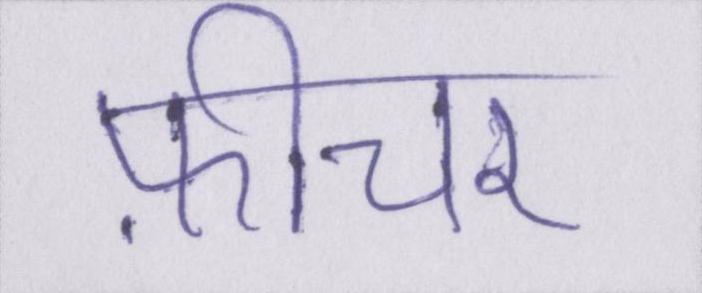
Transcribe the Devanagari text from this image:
फ़ीचर